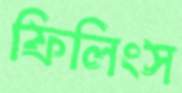
ফিলিংস